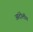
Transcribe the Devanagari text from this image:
आंदोलीत